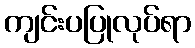
ကျင်းပပြုလုပ်ရာ